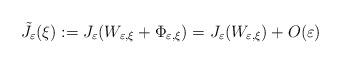
LaTeX: \begin{align*}\tilde{J}_{\varepsilon}(\xi):=J_{\varepsilon}(W_{\varepsilon,\xi}+\Phi_{\varepsilon,\xi})=J_{\varepsilon}(W_{\varepsilon,\xi})+O(\varepsilon)\end{align*}